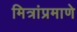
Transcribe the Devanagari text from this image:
मित्रांप्रमाणे